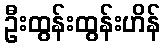
ဦးထွန်းထွန်းဟိန်